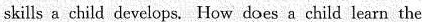
skills a child develops. How does a child learn the